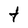
Character: t